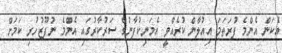
އެކަން އެންމެ ފުރަތަމަ އިއުލާން ކުރެއްވީ އެމަނިކުފާނުގެ ސަރުކާރުގައި އެންމެ ނުފޫޒުހުރި ކަމަށް